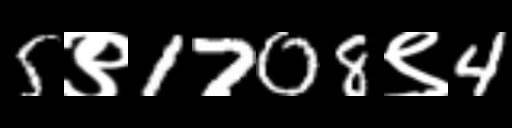
Text: 5९1708९4